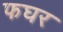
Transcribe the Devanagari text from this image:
फघर